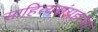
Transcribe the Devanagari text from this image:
साहित्यसंग्रहाचा